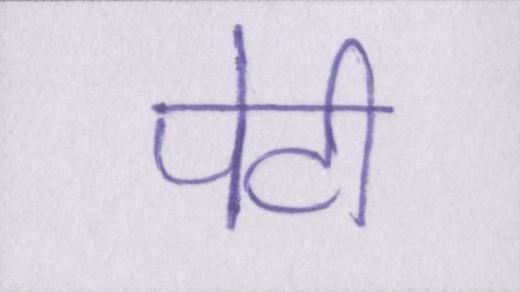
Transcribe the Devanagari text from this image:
पेटी